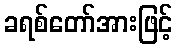
ခရစ်တော်အားဖြင့်